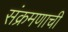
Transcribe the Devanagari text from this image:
संक्रमणाची